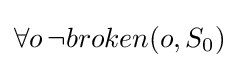
\forall o\,\neg broken(o,S_{0})